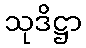
သုဒိဋ္ဌာ